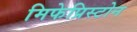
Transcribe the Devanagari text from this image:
मिफेप्रिस्टोन